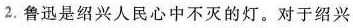
2.鲁迅是绍兴人民心中不灭的灯。对于绍兴